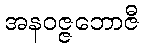
အနဝဇ္ဇဘောဇီ